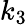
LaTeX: k_{3}